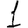
Digit: 1